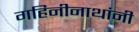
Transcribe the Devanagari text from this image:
गहिनीनाथांनी